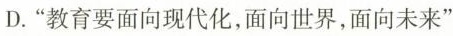
D.”教育要面向现代化，面向世界，面向未来”